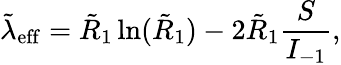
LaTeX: \tilde{\lambda}_{\mathrm{eff}}=\tilde{R}_{1}\ln(\tilde{R}_{1})-2\tilde{R}_{1}\frac{S}{I_{-1}},